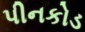
પીનકોડ